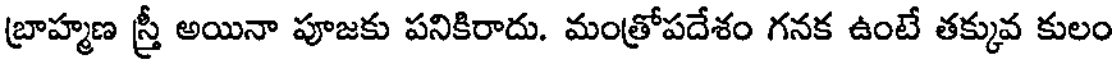
బ్రాహ్మణ స్త్రీ అయినా పూజకు పనికిరాదు. మంత్రోపదేశం గనక ఉంటే తక్కువ కులం